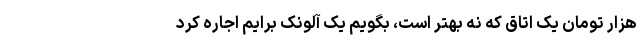
هزار تومان یک اتاق که نه بهتر است، بگویم یک آلونک برایم اجاره کرد